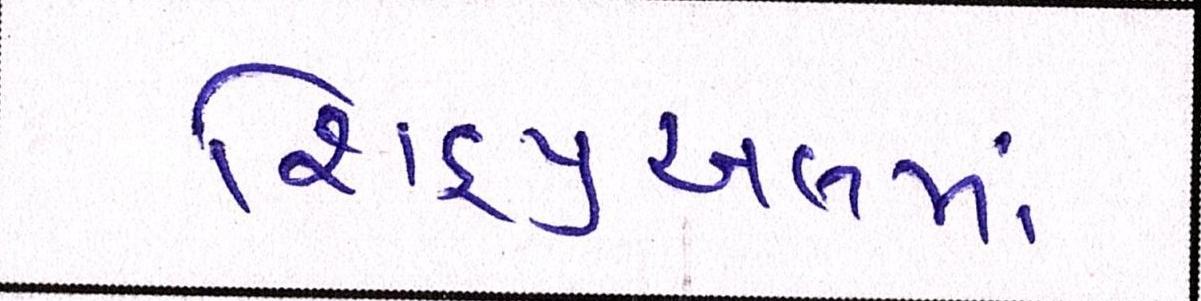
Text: શિડ્યુઅલમાં